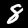
Digit: 8